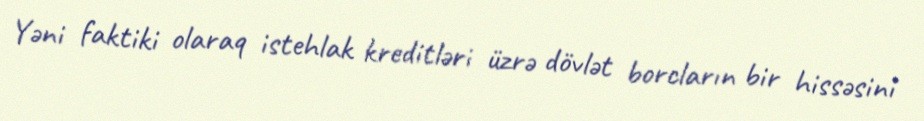
Yəni faktiki olaraq istehlak kreditləri üzrə dövlət borcların bir hissəsini